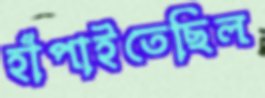
হাঁপাইতেছিল